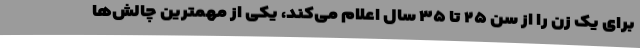
برای یک زن را از سن ۲۵ تا ۳۵ سال اعلام می‌کند، یکی از مهمترین چالش‌ها